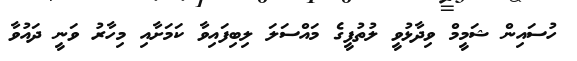
ހުސައިން ޝަމީމް ވިދާޅުވީ ލުތުފީގެ މައްސަލަ ލިބިފައިވާ ކަމަށާއި މިހާރު ވަނީ ދައުވާ